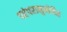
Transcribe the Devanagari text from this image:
परंपरानुमोदित